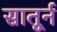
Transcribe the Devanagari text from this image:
सातूर्न